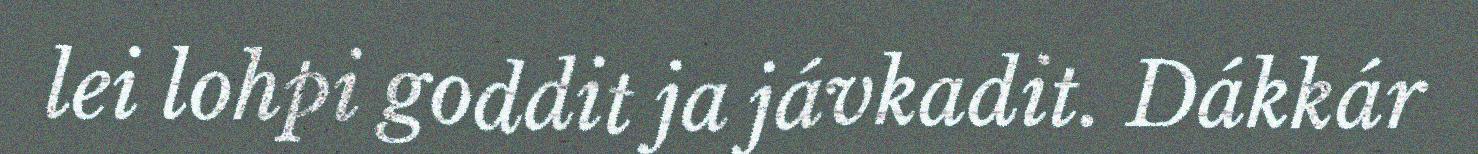
lei lohpi goddit ja jávkadit. Dákkár